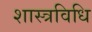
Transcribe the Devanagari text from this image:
शास्त्रविधि